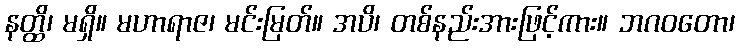
နတ္ထိ၊ မရှိ။ မဟာရာဇ၊ မင်းမြတ်။ အပိ၊ တစ်နည်းအားဖြင့်ကား။ ဘဂဝတော၊